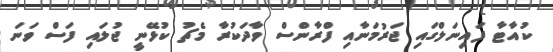
ކުއާޓާ ފައިނަލްގައި ޖަރުމަނާއި ފްރާންސް ވާދަކުރާ މެޗު ކުޅޭނީ ޖުލައި ފަސް ވަނަ